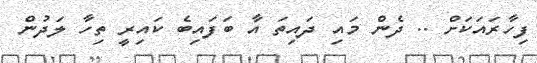
ފިހާރައަކަށް .. ދެން މައި ދައިތަ އާ ބަފައިބެ ކައިރީ ތިހާ ލަދުން